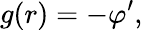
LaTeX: g(r)=-\varphi^{\prime},